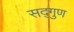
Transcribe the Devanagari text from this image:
सद्‌गुण